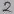
Text: 2